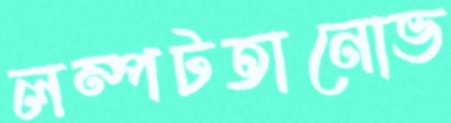
লম্পটতানোভ